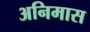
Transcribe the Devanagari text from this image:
अनिमास